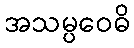
အသမ္ပဝေဓိ